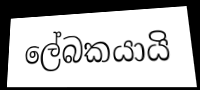
ලේබකයායි